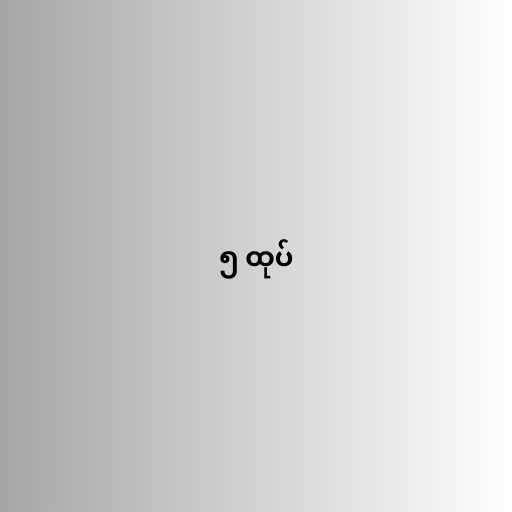
၅ ထုပ်